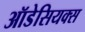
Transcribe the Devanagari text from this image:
ऑडेसियक्स